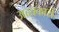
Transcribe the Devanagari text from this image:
अदबकारों